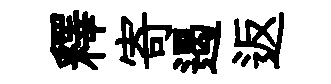
釋寄遏返